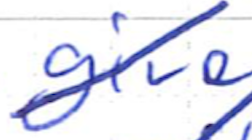
Text: give
Cross-out: diagonal
Writing tool: ballpoint